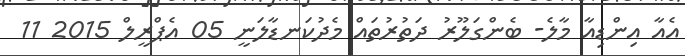
އެއާ އިންޑިއާ މާލެ- ބެންގަލޫރު ދަތުރުތައް މެދުކަނޑާލަނީ 05 އެޕްރީލް 2015 11